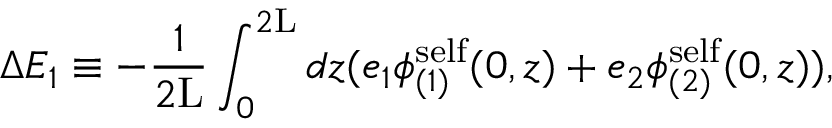
\Delta E _ { 1 } \equiv - \frac { 1 } { 2 \mathrm { L } } \int _ { 0 } ^ { 2 \mathrm { L } } d z ( e _ { 1 } { \phi } _ { ( 1 ) } ^ { \mathrm { s e l f } } ( 0 , z ) + e _ { 2 } { \phi } _ { ( 2 ) } ^ { \mathrm { s e l f } } ( 0 , z ) ) ,